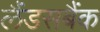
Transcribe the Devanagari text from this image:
लैंडसबैंक